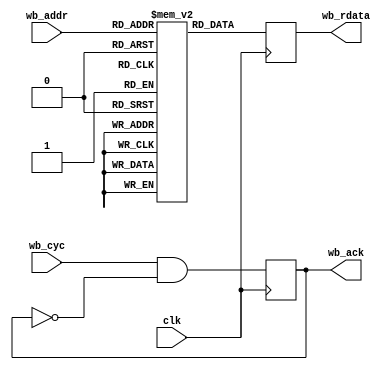
/*
 * irom.v
 *
 * vim: ts=4 sw=4
 *
 * Instruction ROM 256x32
 *
 * Copyright (C) 2021  Sylvain Munaut <tnt@246tNt.com>
 * SPDX-License-Identifier: CERN-OHL-P-2.0
 */

`default_nettype none

module irom #(
	parameter integer AW = 8,
	parameter INIT_FILE = ""
)(
	input  wire [AW-1:0] wb_addr,
	output reg  [  31:0] wb_rdata,
	input  wire          wb_cyc,
	output reg           wb_ack,
	input  wire          clk
);
	(* ram_style="block" *)
	reg [31:0] mem [0:(1<<AW)-1];

	initial
		if (INIT_FILE != "")
			$readmemh(INIT_FILE, mem);

	always @(posedge clk)
		wb_rdata <= mem[wb_addr];

	always @(posedge clk)
		wb_ack <= wb_cyc & ~wb_ack;

endmodule // irom